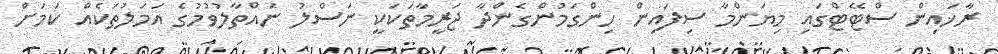
ރާޚައިން ސްޓޭޓްގައި މިޔަންމާ ސިފައިން ހިންގަމުންގެންދާ ޖަރީމާތަކަކީ ނަސްލު ނައްތާލުވުމުގެ އަމަލުތަކެއް ކަމަށް